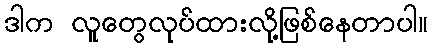
ဒါက လူတွေလုပ်ထားလို့ဖြစ်နေတာပါ။